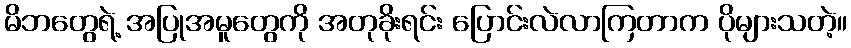
မိဘတွေရဲ့ အပြုအမူတွေကို အတုခိုးရင်း ပြောင်းလဲလာကြတာက ပိုများသတဲ့။